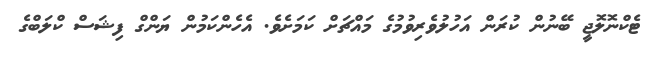
ޓެކްނޮލޮޖީ ބޭނުން ކުރަން އަހުލުވެރިވުމުގެ މައްޗަށް ކަމަށެވެ. އެހެންކަމުން ޔަންގް ފިޝަސް ކްލަބްގެ